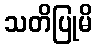
သတိပြုမိ